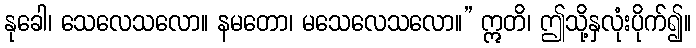
နုခေါ၊ သေလေသလော။ နမတော၊ မသေလေသလော။” ဣတိ၊ ဤသို့နှလုံးပိုက်၍။